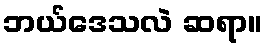
ဘယ်ဒေသလဲ ဆရာ။